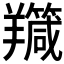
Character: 𦏣